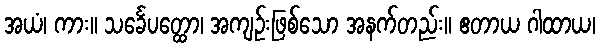
အယံ၊ ကား။ သင်္ခေပတ္ထော၊ အကျဉ်းဖြစ်သော အနက်တည်း။ ဧတာယ ဂါထာယ၊